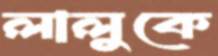
লালুকে